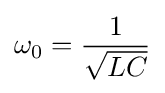
\omega _{0}={1 \over {\sqrt {LC}}}